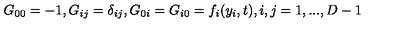
G _ { 0 0 } = - 1 , G _ { i j } = \delta _ { i j } , G _ { 0 i } = G _ { i 0 } = f _ { i } ( y _ { i } , t ) , i , j = 1 , . . . , D - 1